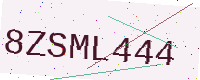
Text: 8ZSML444